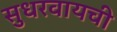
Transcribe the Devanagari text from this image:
सुधरवायची